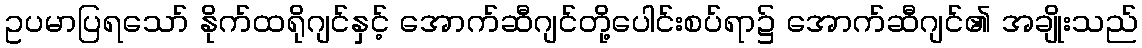
ဥပမာပြရသော် နိုက်ထရိုဂျင်နှင့် အောက်ဆီဂျင်တို့ပေါင်းစပ်ရာ၌ အောက်ဆီဂျင်၏ အချိုးသည်